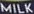
MILK